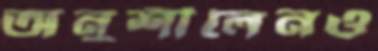
অনুশীলেনও